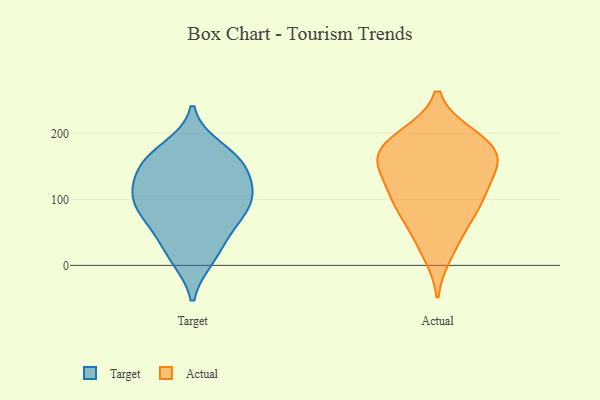
{"axis": {"x": "Waste Production (Tons)", "y": "Value"}, "legend": ["Actual", "Target"], "data": [{"x": "", "y": 161, "type": "Target"}, {"x": "", "y": 68, "type": "Target"}, {"x": "", "y": 50, "type": "Target"}, {"x": "", "y": 105, "type": "Target"}, {"x": "", "y": 94, "type": "Target"}, {"x": "", "y": 68, "type": "Target"}, {"x": "", "y": 104, "type": "Target"}, {"x": "", "y": 11, "type": "Target"}, {"x": "", "y": 115, "type": "Target"}, {"x": "", "y": 106, "type": "Target"}, {"x": "", "y": 177, "type": "Target"}, {"x": "", "y": 156, "type": "Target"}, {"x": "", "y": 154, "type": "Target"}, {"x": "", "y": 15, "type": "Target"}, {"x": "", "y": 147, "type": "Target"}, {"x": "", "y": 196, "type": "Actual"}, {"x": "", "y": 102, "type": "Actual"}, {"x": "", "y": 165, "type": "Actual"}, {"x": "", "y": 194, "type": "Actual"}, {"x": "", "y": 75, "type": "Actual"}, {"x": "", "y": 158, "type": "Actual"}, {"x": "", "y": 91, "type": "Actual"}, {"x": "", "y": 159, "type": "Actual"}, {"x": "", "y": 187, "type": "Actual"}, {"x": "", "y": 101, "type": "Actual"}, {"x": "", "y": 126, "type": "Actual"}, {"x": "", "y": 19, "type": "Actual"}, {"x": "", "y": 169, "type": "Actual"}, {"x": "", "y": 46, "type": "Actual"}, {"x": "", "y": 142, "type": "Actual"}]}